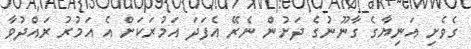
ގެވެށި އަނިޔާގެ ގާނޫނުގެ ދަށުން ނެރޭ އެފަދަ އަމުރަކަށް އެ އަމުރު ރައްދުވާ